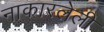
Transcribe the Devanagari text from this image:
नाकारलेली